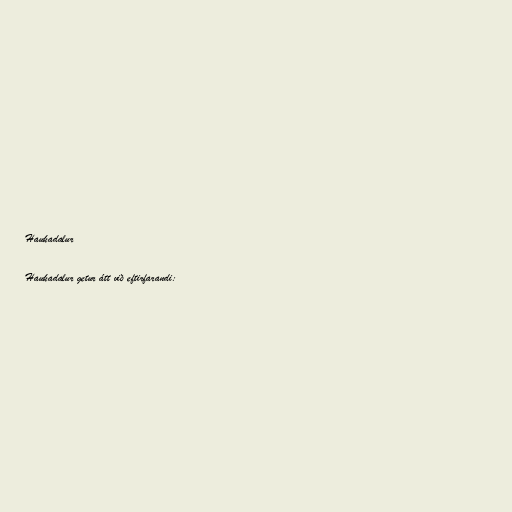
Haukadalur

Haukadalur getur átt við eftirfarandi: